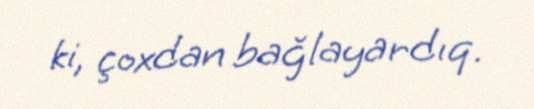
ki, çoxdan bağlayardıq.